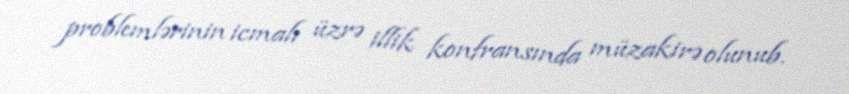
problemlərinin icmalı üzrə illik konfransında müzakirə olunub.